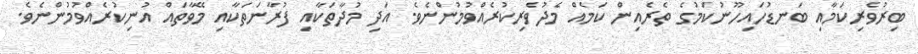
ބިރުވެރިކަމާއި ބަނޑުހައިހޫނުކަމުގެ ތެރެއިން ކަމެއް މެދުވެރިކުރެއްވުމުންނެވެ. އަދި މުދާތަކާއި ފުރާނަތަކާއި މޭވާތައް އުނިކުރެއްވުމުންނެވެ.